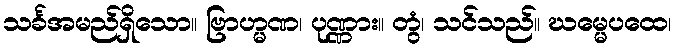
သင်္ခအမည်ရှိသော။ ဗြာဟ္မဏ၊ ပုဏ္ဏား။ တွံ၊ သင်သည်။ ဃမ္မေပထေ၊